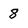
Character: 8